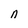
Character: n